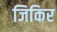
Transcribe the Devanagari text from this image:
जिकिर